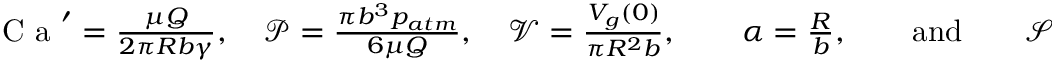
\begin{array} { r } { \textrm { C a } ^ { \prime } = \frac { \mu Q } { 2 \pi R b \gamma } , \quad \mathcal { P } = \frac { \pi b ^ { 3 } p _ { a t m } } { 6 \mu Q } , \quad \mathcal { V } = \frac { V _ { g } ( 0 ) } { \pi R ^ { 2 } b } , \qquad \alpha = \frac { R } { b } , \qquad \mathrm { a n d } \qquad \mathcal { S } = \frac { r _ { 0 } } { R } , } \end{array}